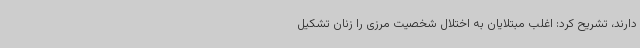
دارند، تشریح کرد: اغلب مبتلایان به اختلال شخصیت مرزی را زنان تشکیل